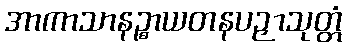
အာကာသာနဉ္စာယတနပဉှာသုတ္တံ